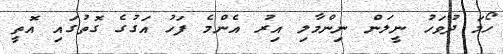
ހޯމަ ދުވަހު ނީލަން ނިންމާލި އިރު އެންމެ ފަހު އަގުގެ ގޮތުގައި އޮތީ